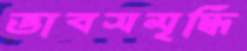
ভাবসমৃদ্ধি